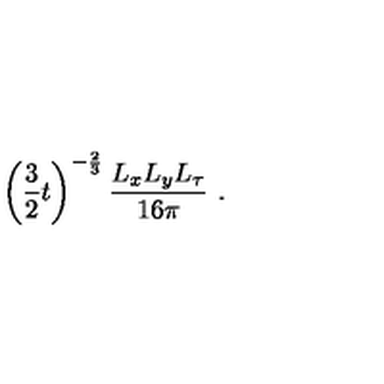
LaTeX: \left( \frac { 3 } { 2 } t \right) ^ { - { \frac { 2 } { 3 } } } \frac { L _ { x } L _ { y } L _ { \tau } } { 1 6 \pi } \ .